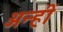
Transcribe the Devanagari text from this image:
अन्हीं